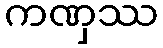
ကဏှဿ